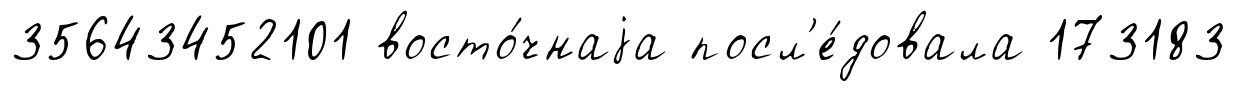
35643452101 восто́чнаjа посл'е́довала 173183